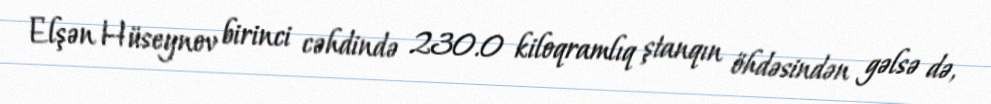
Elşən Hüseynov birinci cəhdində 230.0 kiloqramlıq ştanqın öhdəsindən gəlsə də,